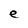
Character: e